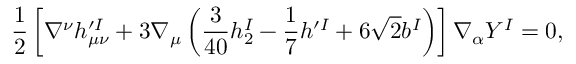
\frac { 1 } { 2 } \left[ \nabla ^ { \nu } h _ { \mu \nu } ^ { \prime I } + 3 \nabla _ { \mu } \left( \frac { 3 } { 4 0 } h _ { 2 } ^ { I } - \frac { 1 } { 7 } h ^ { \prime I } + 6 \sqrt { 2 } b ^ { I } \right) \right] \nabla _ { \alpha } Y ^ { I } = 0 ,